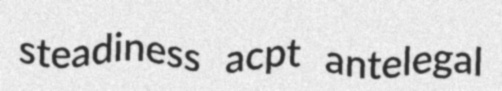
steadiness acpt antelegal